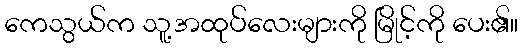
ကေသွယ်က သူ့အထုပ်လေးများကို မြိုင့်ကို ပေး၏။